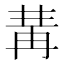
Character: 冓